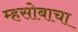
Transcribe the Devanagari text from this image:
म्हसोबाचा